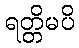
ရတ္တိမပိ